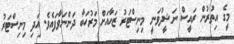
މީގެ އިތުރުން ރައީސް ނަޝީދުވަނީ މިނިސްޓަރު ޒަހާއަށް މަރުހަބާ ދަންނަވާފައެވެ. އަދި މިނިސްޓަރު